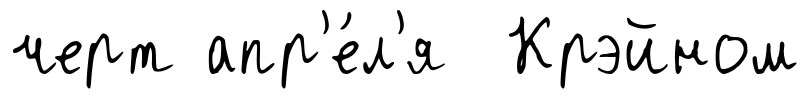
черт апр'е́л'я Крэйном